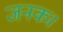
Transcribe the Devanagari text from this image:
जनक।